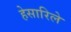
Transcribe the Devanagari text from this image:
हेसारिले